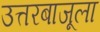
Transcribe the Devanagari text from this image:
उत्तरबाजूला